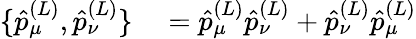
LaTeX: \begin{array}{rl}{\{ \hat{p}_{\mu}^{(L)},\hat{p}_{\nu}^{(L)}\} }&{{}=\hat{p}_{\mu}^{(L)}\hat{p}_{\nu}^{(L)}+\hat{p}_{\nu}^{(L)}\hat{p}_{\mu}^{(L)}}\end{array}